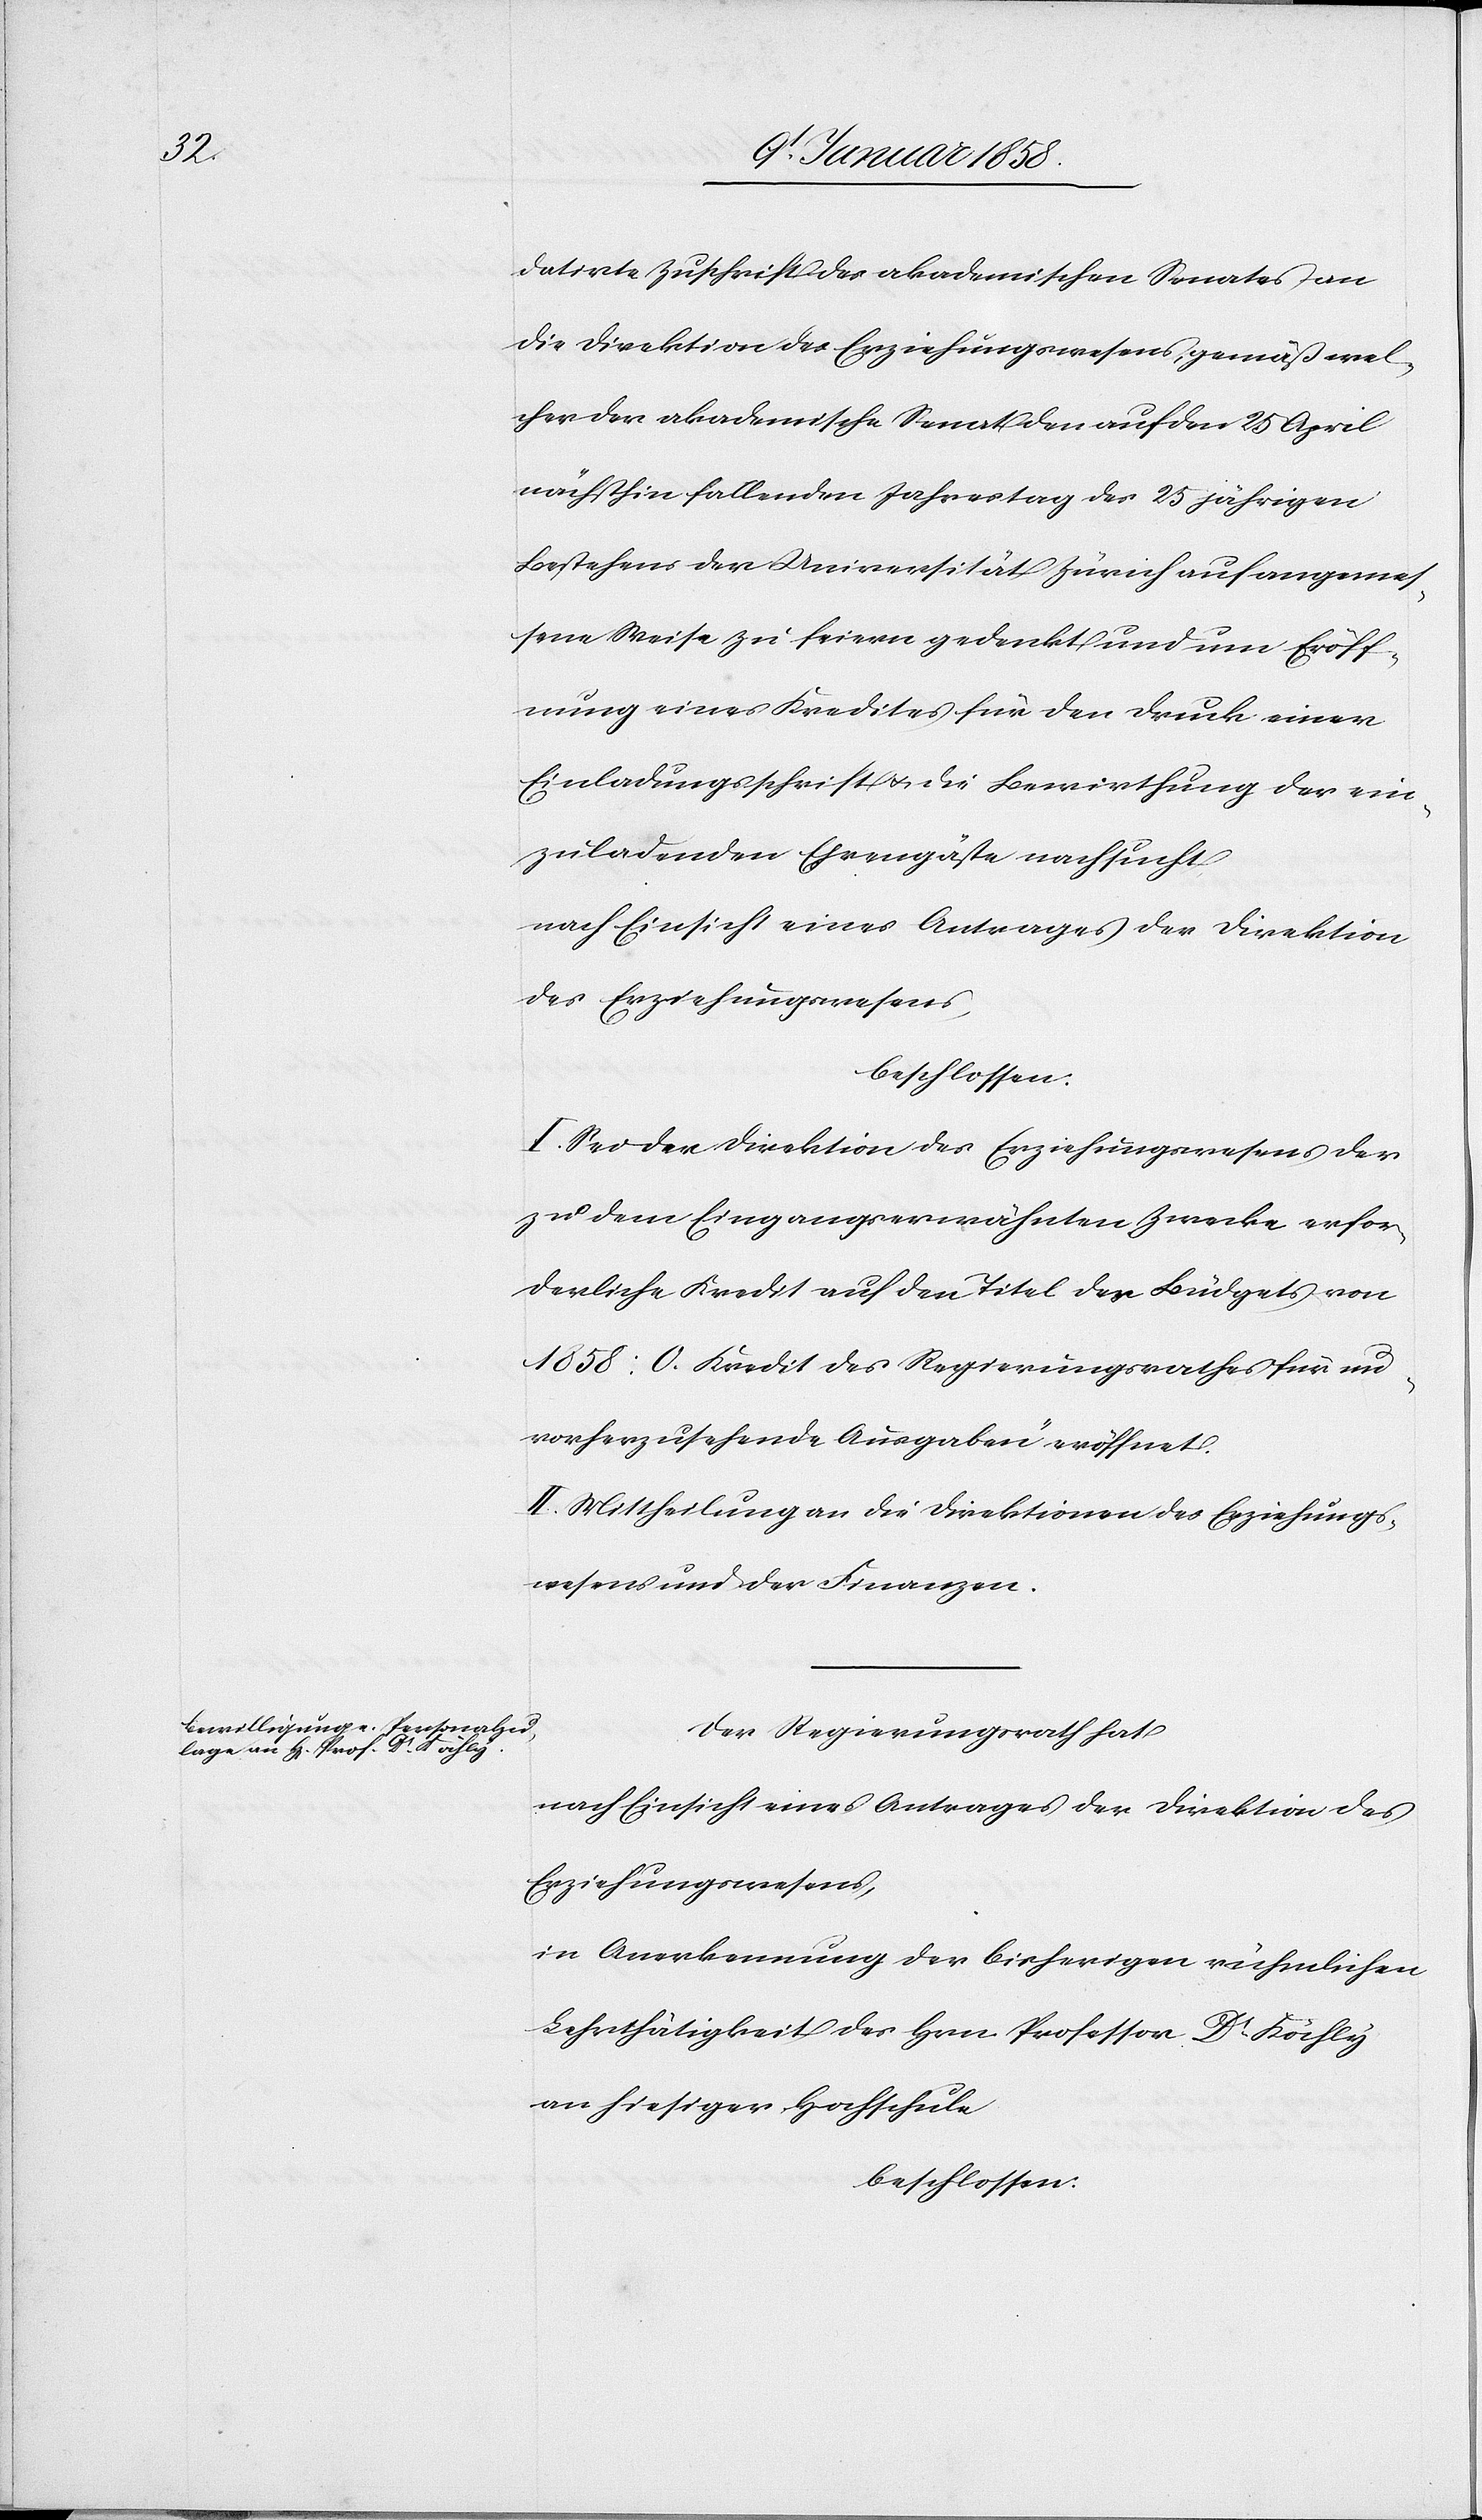
datirte Zuschrift des akademischen Senates an
die Direktion des Erziehungswesens, gemäß wel¬
cher der akademische Senat den auf den 25 April
nächsthin fallenden Jahrestag des 25jährigen
Bestehens der Universität Zürich auf angemes¬
sene Weise zu feiern gedenkt und um Eröff¬
nung eines Kredites für den Druck einer
Einladungsschrift u. die Bewirthung der ein¬
zuladenden Ehrengäste nachsucht
nach Einsicht eines Antrages der Direktion
des Erziehungswesens
beschlossen:
I. Sei der Direktion des Erziehungswesens der
zu dem Eingangs erwähnten Zwecke erfor¬
derliche Kredit auf den Titel des Büdgets von
1858: „O. Kredit des Regierungsrathes für un¬
vorherzusehende Ausgaben“ eröffnet.
II. Mittheilung an die Direktion des Erziehungs¬
wesens und der Finanzen.
Der Regierungsrath hat
nach Einsicht eines Antrages der Direktion des
Erziehungswesens,
in Anerkennung der bisherigen rühmlichen
Lehrthätigkeit des Hrn Professor Dr. Köchly
an hiesiger Hochschule
beschlossen: